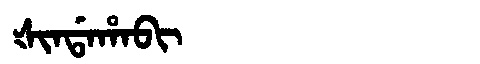
Manchu: ᡧᡳᠨᡩᠠᡥᠠᠪᡳ
Romanization: ŠINDAHABI